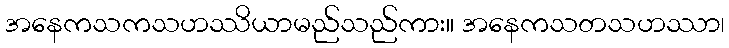
အနေကသကသဟဿိယာမည်သည်ကား။ အနေကသတသဟဿာ၊